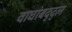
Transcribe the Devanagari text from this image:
वाघांबद्द्ल